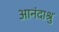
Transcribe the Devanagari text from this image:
आनंदाश्रु